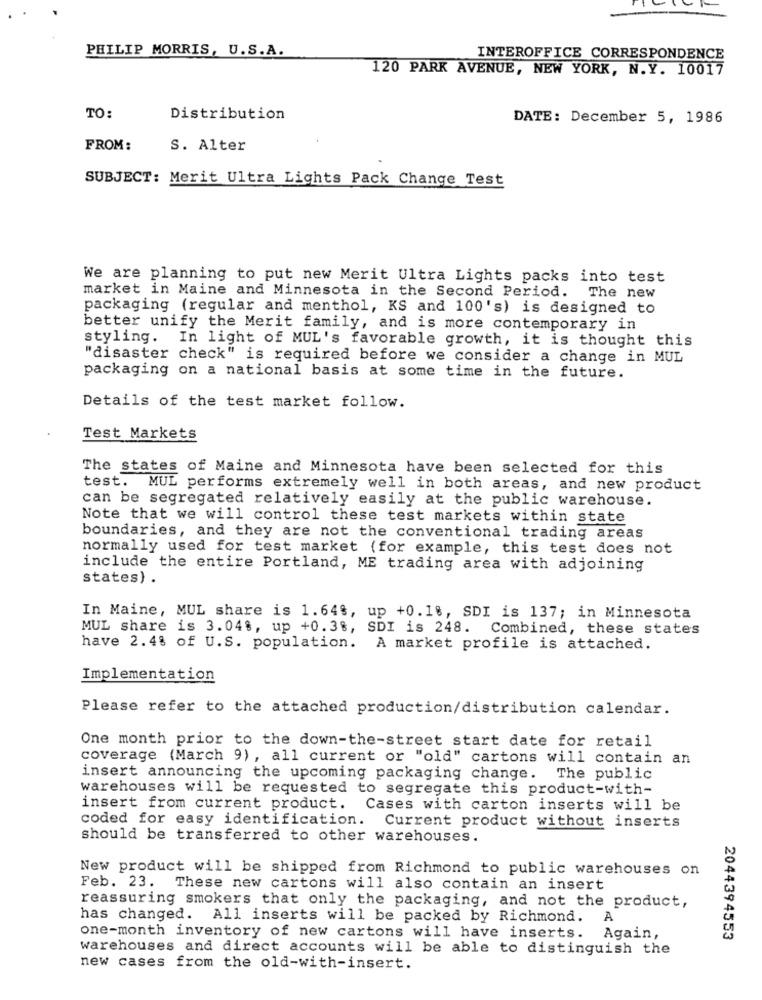
PHILIP MORRIS, U.S.A.
INTEROFFICE CORRESPONDENCE
120 PARK AVENUE, NEW YORK, N.Y. 10017
TO:
Distribution
DATE: December 5, 1986
FROM:
S. Alter
SUBJECT: Merit Ultra Lights Pack Change Test
We are planning to put new Merit Ultra Lights packs into test
market in Maine and Minnesota in the Second Period. The new
packaging (regular and menthol, KS and 100's) is designed to
better unify the Merit family, and is more contemporary in
styling. In light of MUL's favorable growth, it is thought this
"disaster check" is required before we consider a change in MUL
packaging on a national basis at some time in the future.
Details of the test market follow.
Test Markets
The states of Maine and Minnesota have been selected for this
test. MUL performs extremely well in both areas, and new product
can be segregated relatively easily at the public warehouse.
Note that we will control these test markets within state
boundaries, and they are not the conventional trading areas
normally used for test market (for example, this test does not
include the entire Portland, ME trading area with adjoining
states) .
In Maine, MUL share is 1.64%, up +0.18, SDI is 137; in Minnesota
MUL share is 3.048, up +0.3%, SDI is 248. Combined, these states
have 2.48 of U.S. population. A market profile is attached.
Implementation
Please refer to the attached production/distribution calendar.
One month prior to the down-the-street start date for retail
coverage (March 9) , all current or "old" cartons will contain an
insert announcing the upcoming packaging change. The public
warehouses will be requested to segregate this product-with-
insert from current product. Cases with carton inserts will be
coded for easy identification. Current product without inserts
should be transferred to other warehouses.
New product will be shipped from Richmond to public warehouses on
Feb. 23.
These new cartons will also contain an insert
reassuring smokers that only the packaging, and not the product,
has changed. All inserts will be packed by Richmond. A
one-month inventory of new cartons will have inserts. Again,
2044394553
warehouses and direct accounts will be able to distinguish the
new cases from the old-with-insert.